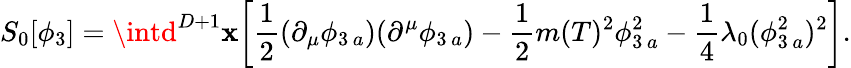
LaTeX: S_{0}[\phi_{3}]=\intd^{D+1}\mathbf{x}\biggl[\frac{{1}}{{2}}(\partial_{\mu}\phi_{3\, a})(\partial^{\mu}\phi_{3\, a})-\frac{{1}}{{2}}m(T)^{2}\phi_{3\, a}^{2}-\frac{{1}}{{4}}\lambda_{0}(\phi_{3\, a}^{2})^{2}\biggr].